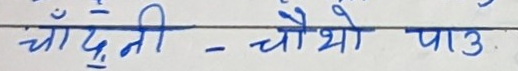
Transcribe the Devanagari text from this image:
चाँदनी - चौथो पाऊ.